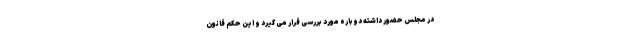
در مجلس حضور داشته دوباره مورد بررسی قرار می گیرد و این حکم قانون